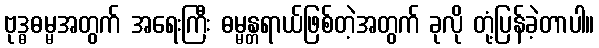
ဗုဒ္ဓဓမ္မအတွက် အရေးကြီး ဓမ္မန္တရာယ်ဖြစ်တဲ့အတွက် ခုလို တုံ့ပြန်ခဲ့တာပါ။